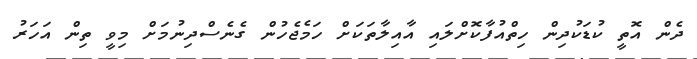
ދެން އޮތީ ކުޑަކުދިން ހިތްއުފާކޮށްލައި އާއިލާތަކަށް ހަމެޖެހުން ގެނެސްދިނުމަށް މިވީ ތިން އަހަރު